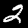
Label: 2